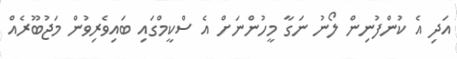
އަދި އެ ކުންފުނިން ލޯނު ނަގާ މީހުންނަށް އެ ސްކީމްގައި ބައިވެރިވުން މަޖުބޫރެއް